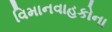
વિમાનવાહકોના